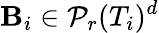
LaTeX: \mathbf{B}_{i}\in\mathcal{P}_{r}(T_{i})^{d}